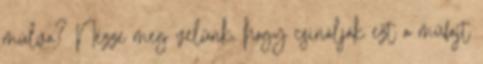
múlva? Nézze meg velünk, hogy csinálják ezt a műfajt